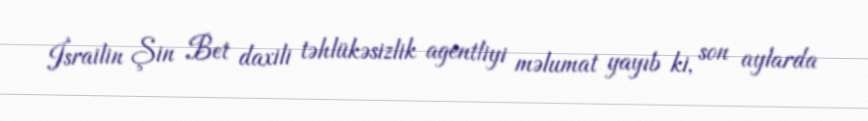
İsrailin Şin Bet daxili təhlükəsizlik agentliyi məlumat yayıb ki, son aylarda